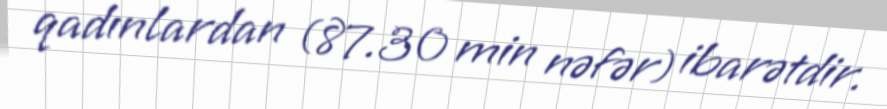
qadınlardan (87.30 min nəfər) ibarətdir.